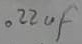
Text: .22µF